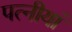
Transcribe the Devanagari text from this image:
पत्नीयां